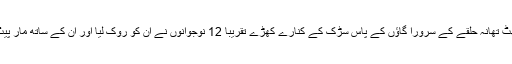
’انھوں نے کہا،’راستے میں دو گھٹ تھانہ حلقے کے سرورا گاؤں کے پاس سڑک کے کنارے کھڑے تقریباً 12 نوجوانوں نے ان کو روک لیا اور ان کے ساتھ مار پیٹ کی اور ان کی داڈھی بھی نوچی۔